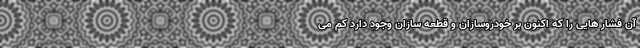
آن فشار هایی را که اکنون بر خودروسازان و قطعه سازان وجود دارد کم می